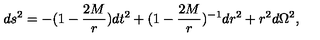
d s ^ { 2 } = - ( 1 - { \frac { 2 M } { r } } ) d t ^ { 2 } + ( 1 - { \frac { 2 M } { r } } ) ^ { - 1 } d r ^ { 2 } + r ^ { 2 } d \Omega ^ { 2 } ,